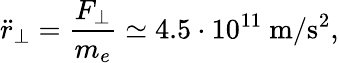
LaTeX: \ddot{r}_{\perp}=\frac{F_{\perp}}{m_{e}}\simeq 4.5\cdot 10^{11}~\mathrm{m/s^{2}},